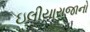
ઇલીયારાજાનો